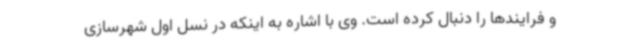
و فرایندها را دنبال کرده است. وی با اشاره به اینکه در نسل اول شهرسازی